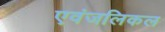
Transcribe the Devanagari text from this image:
एवंजलिकल